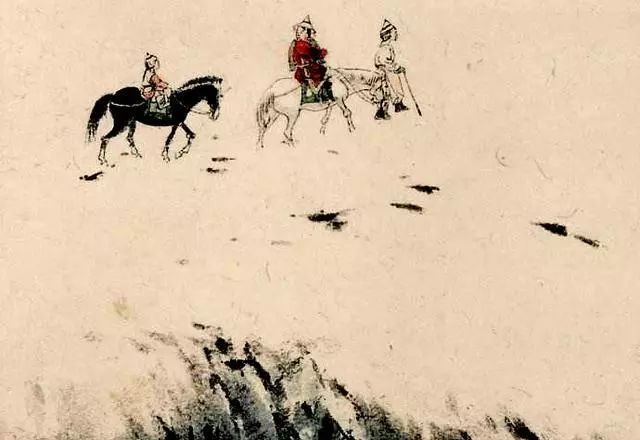
不见年年辽海上，文章何处哭秋风？